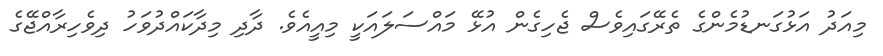
މިއަދު އަޅުގަނޑުމެންގެ ތެރޭގައިވެސް ޖެހިގެން އުޅޭ މައްސަލައަކީ މިއީއެވެ. ދާދި މިދާކައްދުވަހު ދިވެހިރާއްޖޭގެ